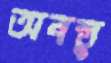
অবস্তু